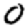
Digit: 0